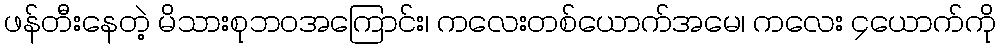
ဖန်တီးနေတဲ့ မိသားစုဘဝအကြောင်း၊ ကလေးတစ်ယောက်အမေ၊ ကလေး ၄ယောက်ကို